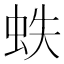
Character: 蛈